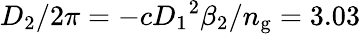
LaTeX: D_{2}/2\pi=-c{D_{1}}^{2}\beta_{2}/n_{\mathrm{g}}=3.03